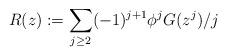
LaTeX: \begin{align*}R(z):= \sum_{j \ge 2}(-1)^{j+1}\phi^j G(z^j)/j\end{align*}